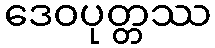
ဒေဝပုတ္တဿ